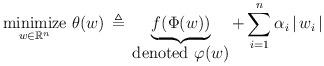
LaTeX: \begin{align*} \displaystyle{\operatornamewithlimits{\mbox{minimize}}_{w \in \mathbb{R}^n}} \ \theta(w) \, \triangleq \, \underbrace{f(\Phi(w))}_{\mbox{denoted $\varphi(w)$}} + \, \displaystyle{\sum_{i=1}^n} \, \alpha_i \, | \, w_i \, | \end{align*}